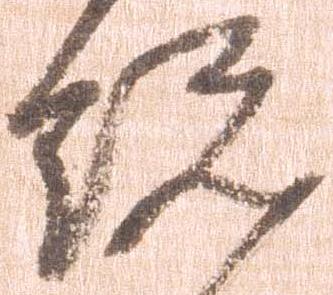
総